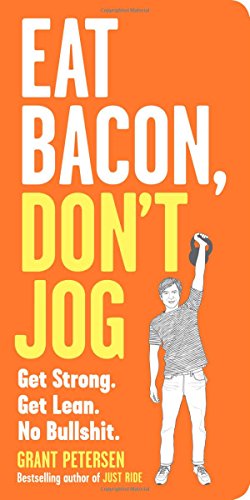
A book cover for Eat Bacon, Don't Jog: Get Strong. Get Lean. No Bullshit.; Grant Petersen; Health, Fitness & Dieting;